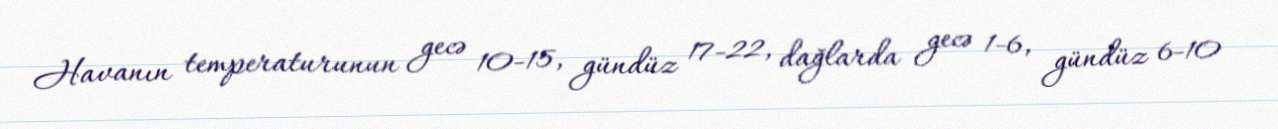
Havanın temperaturunun gecə 10-15, gündüz 17-22, dağlarda gecə 1-6, gündüz 6-10